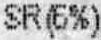
SR(6%)